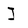
Character: I